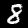
Digit: 8